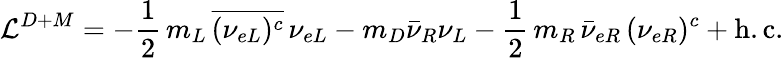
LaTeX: \mathcal{L}^{D+M}=-\frac{1}{2}\, m_{L}\, \overline{{{(\nu_{eL})^{c}}}}\, \nu_{eL}-m_{D}\bar{\nu}_{R}\nu_{L}-\frac{1}{2}\, m_{R}\, {\bar{\nu}_{eR}}\, (\nu_{eR})^{c}+\mathrm{h.c.}